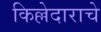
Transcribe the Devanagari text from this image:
किल्लेदाराचे